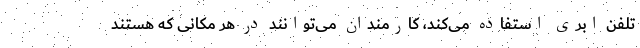
تلفن ابری استفاده می‌کند، کارمندان می‌توانند در هر مکانی که هستند